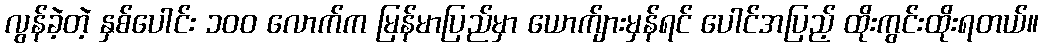
လွန်ခဲ့တဲ့ နှစ်ပေါင်း ၁၀၀ လောက်က မြန်မာပြည်မှာ ယောက်ျားမှန်ရင် ပေါင်အပြည့် ထိုးကွင်းထိုးရတယ်။